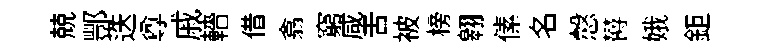
兢酆迭尊戚轖借翕窮咸舌被榜翱傃名慤欝娥鉅